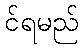
င်ရမည်